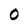
Character: o